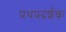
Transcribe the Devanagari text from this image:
प्रथप्रदर्शक